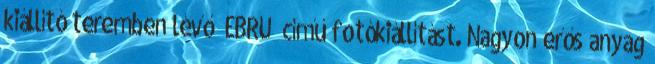
kiállító teremben lévő „EBRU” című fotókiállítást. Nagyon erős anyag